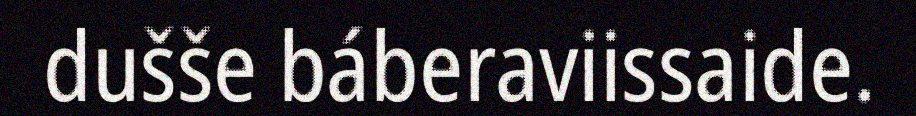
dušše báberaviissaide.